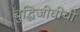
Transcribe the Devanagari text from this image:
बुद्धिजीवींची